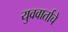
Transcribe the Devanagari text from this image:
युववार्ताचे